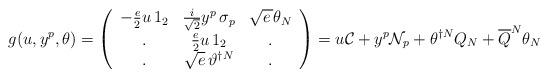
LaTeX: \begin{align*}g(u,y^{p},\theta )=\left( \begin{array}{ccc}-\frac{e}{2}u\, 1_{2} & \frac{i}{\sqrt{2}}y^{p}\, \sigma _{p} & \sqrt{e\, }\theta _{N}\\. & \frac{e}{2}u\, 1_{2} & .\\. & \sqrt{e}\, \vartheta ^{\dagger N} & .\end{array}\right) =u{\cal C}+y^{p}{\cal N}_{p}+\theta ^{\dagger N}Q_{N}+\overline{Q}^{N}\theta _{N}\end{align*}